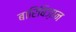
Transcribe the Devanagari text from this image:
बारिबिज़ान